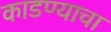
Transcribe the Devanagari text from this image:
काडण्याचा